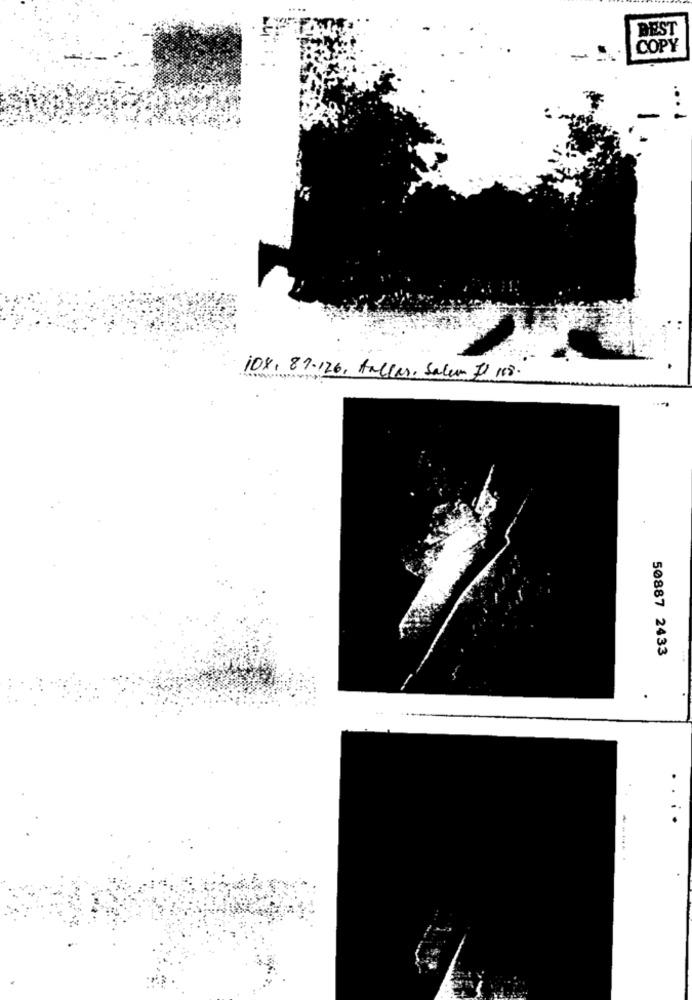
BEST
COPY
108, 81.126, Aallar, Salum 1 108.
50887 2433
.
----